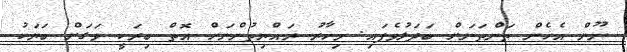
ނޫން އެހެން ތަންތަނަށް ބަދަލުވެފައި. މިހާރު ރައްޔިތުންނަށް އޮތް ބިރަކީ ވަގަށް ބަޔަކު